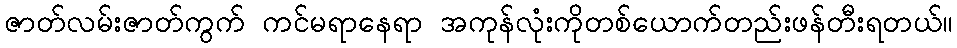
ဇာတ်လမ်းဇာတ်ကွက် ကင်မရာနေရာ အကုန်လုံးကိုတစ်ယောက်တည်းဖန်တီးရတယ်။